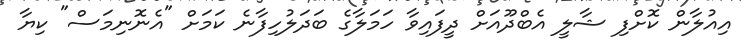
އިއުލާން ކޮށްފި ޝާލީ އެބްދޫއަށް ދީފައިވާ ހަމަލާގެ ބަދަލުހިފާނެ ކަމަށް "އެނޮނިމަސް" ކިޔާ